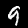
Label: 9